Report on sanitation, dispensaries, and jails in Rajputana for 1917, and on vaccination for the year 1917-1918 - 1917-1918
Year: 1917
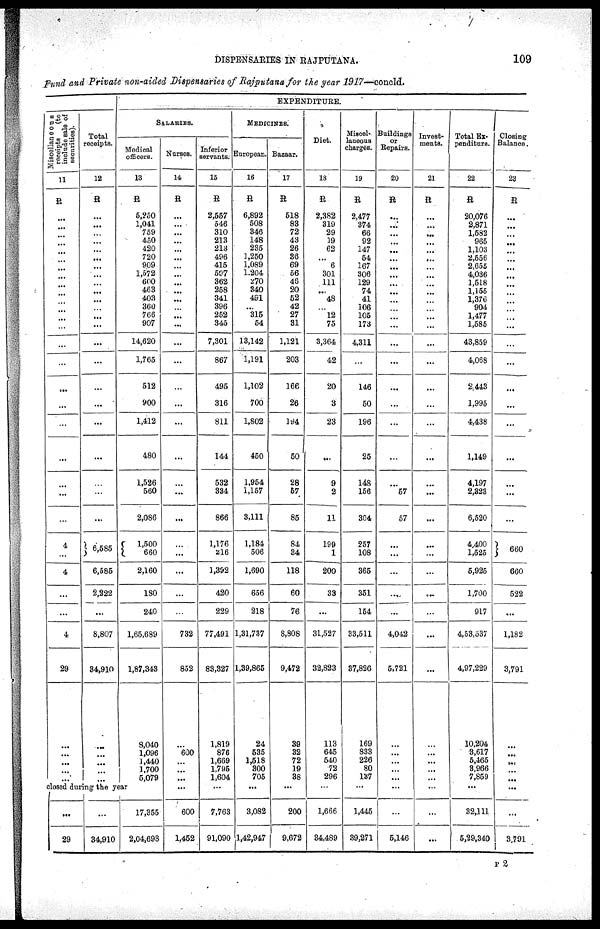
DISPENSARIES IN RAJPUTANA.
109
Fund and Private non-aided Dispensaries of Rajputana for the year 1917—concld.
Miscellaneous
receipts
(to
include sale of
securities).
11
R
...
...
...
...
...
...
...
...
...
...
...
...
...
...
...
...
...
...
...
...
...
...
...
4
4
...
...
4
29
...
...
...
...
...
Total
receipts.
12
R
...
...
...
...
...
...
...
...
...
...
...
...
...
...
...
...
...
...
...
...
...
...
...
6,585
6,586
2,222
...
8,807
34,910
...
...
...
...
...
EXPENDITURE.
SALARIES.
Medical
officers.
13
R
5,250
1,041
759
450
420
720
909
1,572
600
463
403
360
766
907
14,620
1,765
512
900
1,412
480
1,526
560
2,086
1,500
660
2,160
180
240
1,65,689
1,87,343
8,040
1,096
1,440
1,700
5,079
closed during the year
...
29
...
34,910
17,355
2,04,698
Nurses.
14
R
...
...
...
...
...
...
...
...
...
...
...
...
...
...
...
...
...
...
...
...
...
...
...
...
...
...
...
...
732
852
...
600
...
...
...
...
600
1,452
Inferior
servants.
15
R
2,557
546
310
213
213
496
415
597
362
258
341
396
252
345
7,301
867
495
316
811
144
532
334
866
1,176
216
1,392
420
229
77,491
83,327
1,819
876
1,669
1,795
1,604
...
7,763
91,090
MEDICINES.
European.
16
R
6,892
508
346
148
235
1,250
1,089
1,204
270
340
491
...
315
54
13,142
1,191
1,102
700
1,802
450
1,954
1,157
3,111
1,184
506
1,690
656
218
1,31,737
1,39,865
24
535
1,518
300
705
...
3,082
1,42,947
Bazaar.
17
R
518
83
72
43
26
36
69
56
40
20
52
42
27
31
1,121
203
166
26
194
50
28
57
85
84
34
118
60
76
8,808
9,472
39
32
72
19
38
...
200
9,672
Diet.
18
R
2,382
319
29
19
62
...
6
301
111
...
48
...
12
75
3,364
42
20
3
23
...
9
2
11
199
1
200
33
...
31,527
32,823
113
645
540
72
296
...
1,666
34,489
Miscel¬
laneous
charges.
19
R
2,477
374
66
92
147
64
167
306
129
74
41
106
105
173
4,311
...
146
50
196
25
148
156
304
257
108
365
351
154
33,511
37,826
169
833
226
80
137
...
1,445
39,271
Buildings
or
Repairs.
20
R
...
...
...
...
...
...
...
...
...
...
...
...
...
...
...
...
...
...
...
...
...
57
57
...
...
...
...
...
4,042
5,721
...
...
...
...
...
...
...
5,146
Invest-
ments.
21
R
...
...
...
...
...
...
...
...
...
...
...
...
...
...
...
...
...
...
...
...
...
...
...
...
...
...
...
...
...
...
...
...
...
...
...
...
...
...
Total Ex¬
penditure.
22
R
20,076
2,871
1,582
965
1,103
2,556
2,655
4,036
1,518
1,155
1,376
904
1,477
1,585
43,859
4,068
2,443
1,995
4,438
1,149
4,197
2,323
6,520
4,400
1,525
5,925
1,700
917
4,53,537
4,97,229
10,204
3,617
5,465
8,966
7,859
...
32,111
5,29,340
Closing
Balance.
23
R
...
...
...
...
...
...
...
...
...
...
...
...
...
...
...
...
...
...
...
...
...
...
...
660
660
522
...
1,182
3,791
...
...
...
...
...
...
...
3,791
P 2